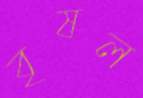
বৃষল